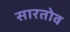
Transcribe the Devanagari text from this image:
सारतोव